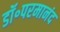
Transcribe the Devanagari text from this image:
डॉ॰परमानंद